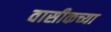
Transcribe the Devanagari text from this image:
वासीकच्या